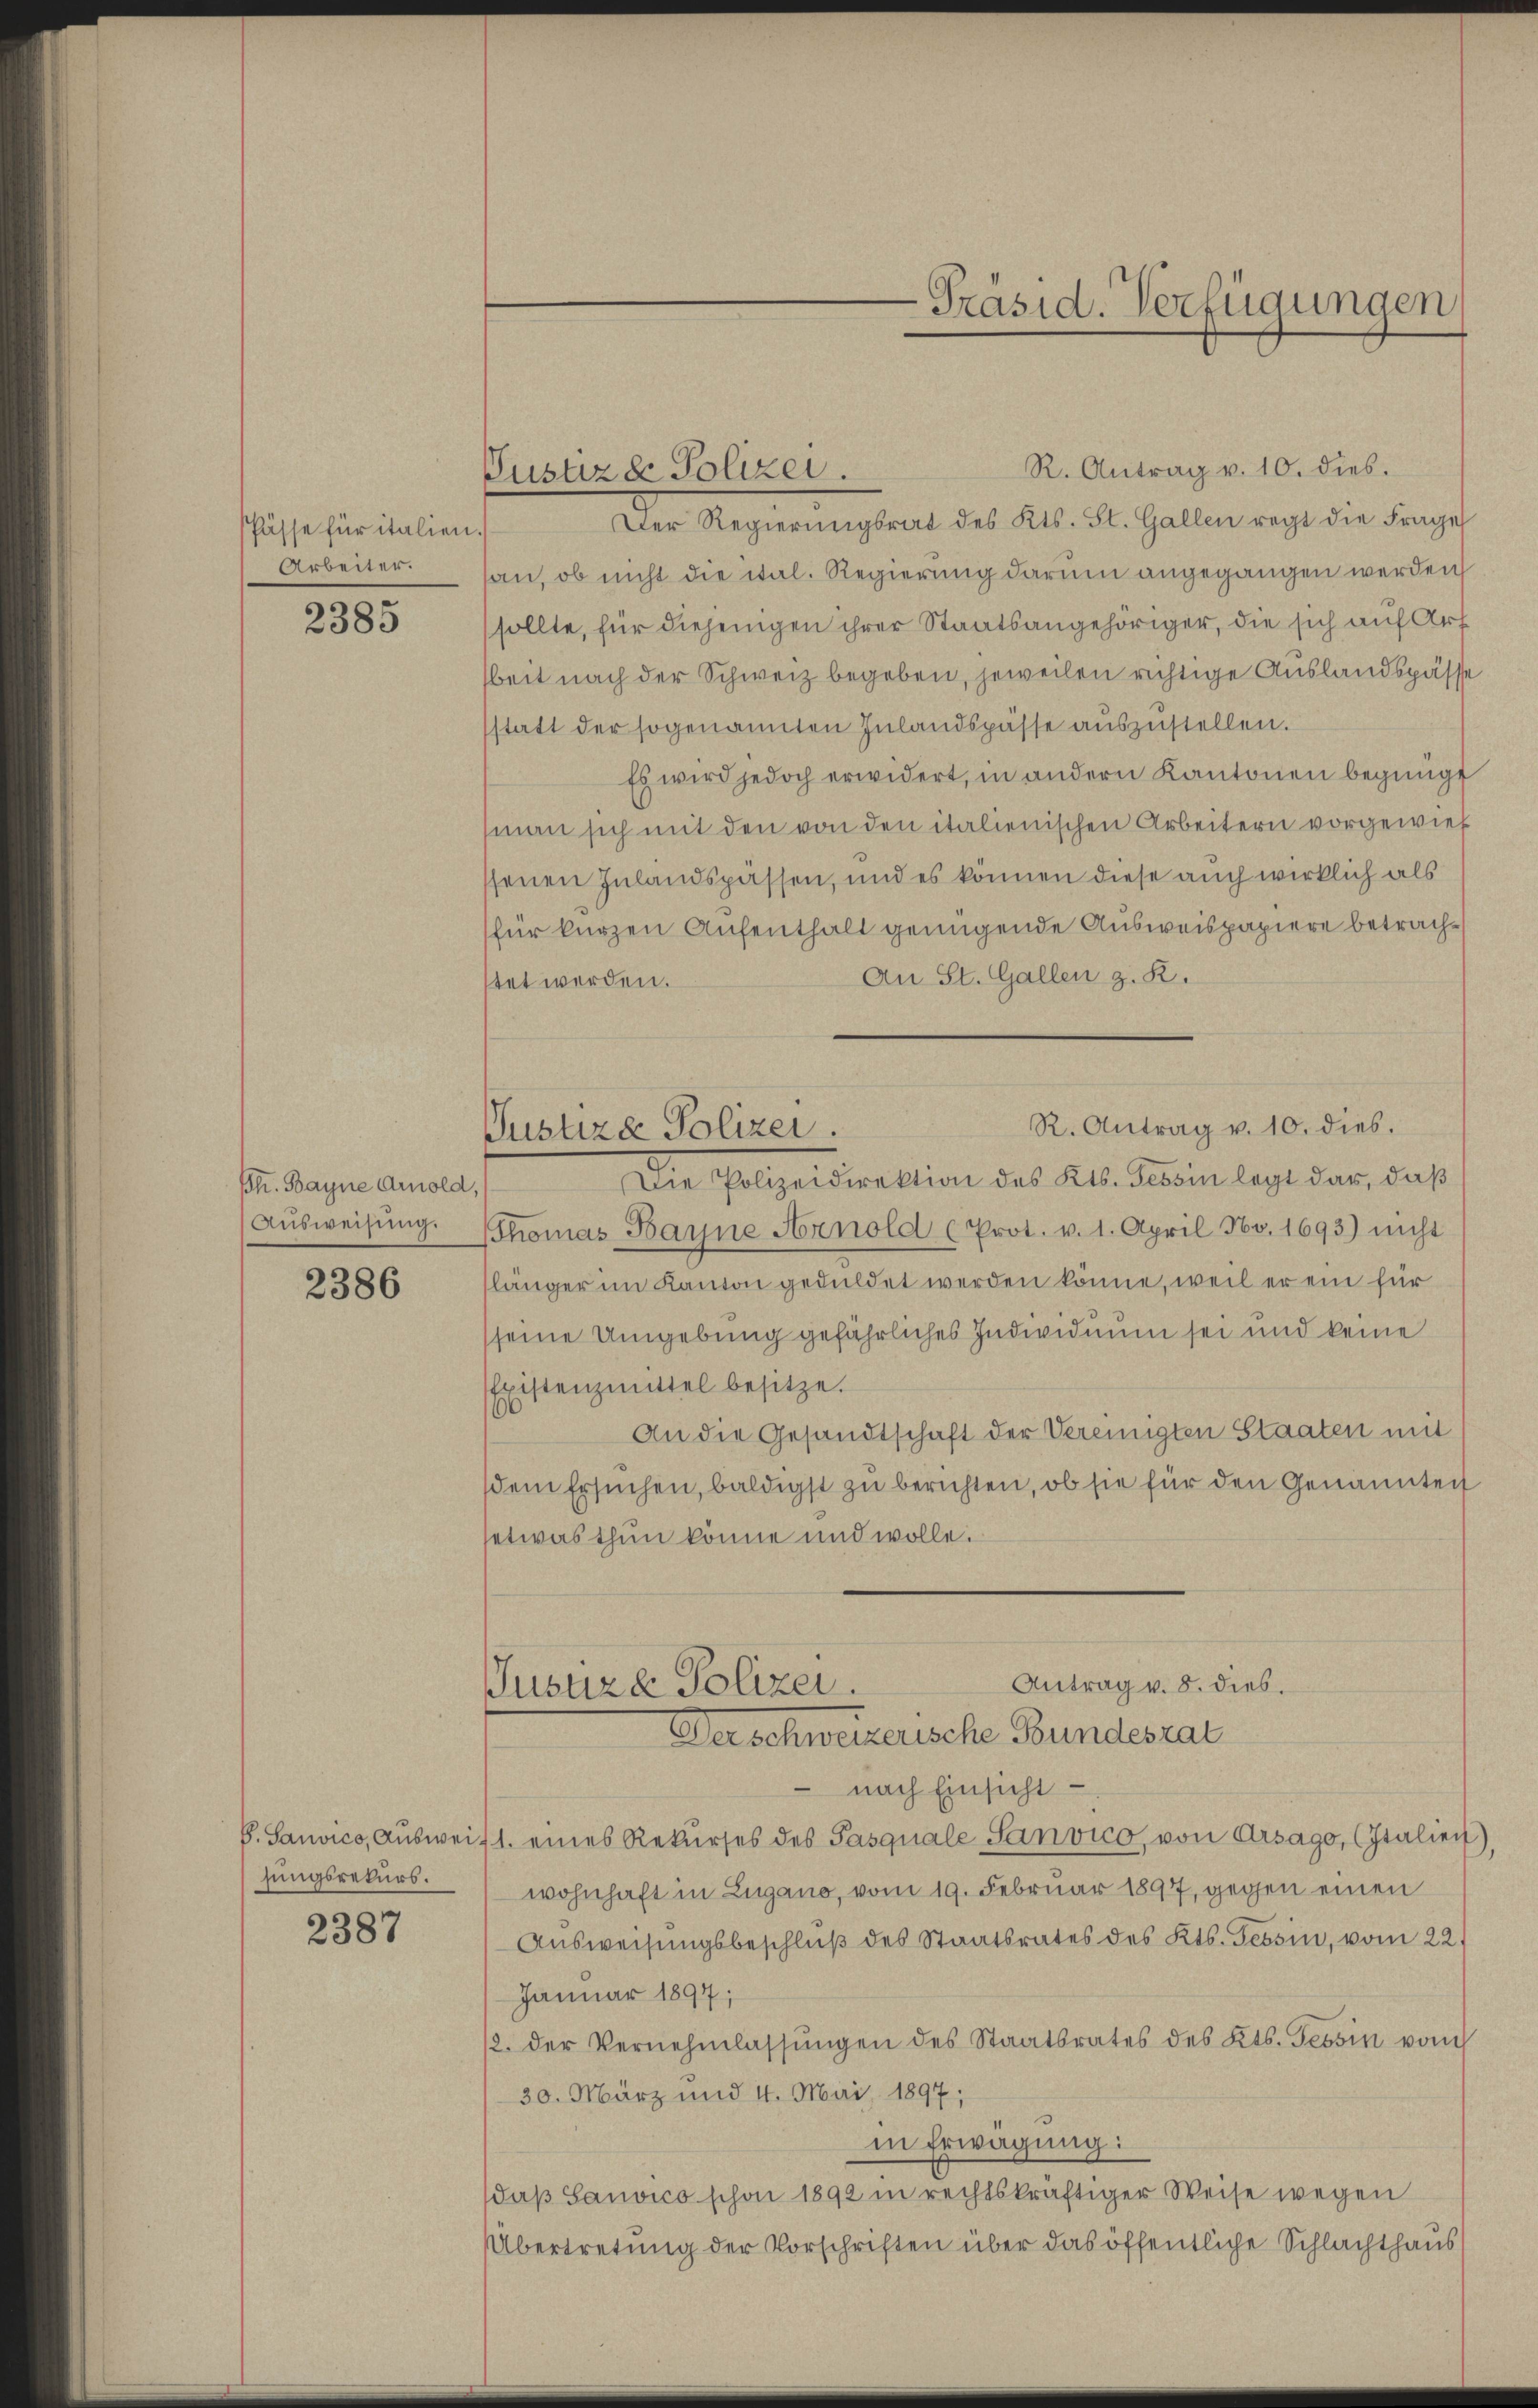
Pässe für italien.
Arbeiter.

2385

ßh. Bayne Arnold,
Ausweisung.

2386

hungsrekurs.

2387

Derschweizerische Bundesrat

R. Antrag v. 10. dies.
Justiz & Polizei.
Der Regierŭngsrat des Kts. St. Gallen regt die Frage
san, ob nicht die ital. Regierung darum angegangen werden
sollte, für diejenigen ihrer Staatsangehöriger, die sich auf Art
beit nach der Schweiz begeben, jeweilen richtige Auslandspässe
sstatt der sogenannten Inlandspässe auszustellen.
Es wird jedoch erwidert, in andern Kantonen begnügt
(man sich mit den von den italienischen Arbeitern vorgewies
senen Inlandspassen, und es können diese auch wirklich als
(für kurzen Aufenthalt genügende Ausweispapiere betrach¬
An St. Gallen z. R.
stet werden.
R. Antrag v. 10. dies.
Pustiza Polizei.
Die Polizeidirektion des Kts. Tessin legt dar, daß
Thomas Banne Arnold (Prot. v. 1. April Nov. 1693) nicht
länger im Kanton geduldet werden könne, weil er ein für
seine Umgebung gefährliches Individuum sei und keine
Existenzmittel besitze.
An die Gesandtschaft der Vereinigten Staaten mit
dem Ersuchen, baldigst zu berichten, ob sie für den Genanntent
setwas thun könne und wolle.
Antrag v. 8. dies.
Jusuze Polizei.

-Präsid. Verfügungen

nach Einsicht
b. Sauvico, Aŭsweis 1. eines Rekurses des Pasquale Sanvico, von Arsago, (Italien)
wohnhaft in Zugano, vom 19. Februar 1897, gegen einen
Aŭsweisungsbeschlŭβ des Staatsrates des Kts. Tessin, vom 22.
Januar 1897;
12. der Vernehmlassŭngen des Staatsrates des Kts. Tessin vom
30. März und 4. Mai 1897;
in Erwägung:
daß Sauvico schon 1892 in rechtskräftiger Weise wegen
Übertretung der Vorschriften über das öffentliche Schlachthaus